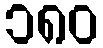
၁၈၀